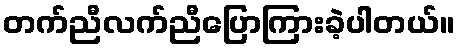
တက်ညီလက်ညီပြောကြားခဲ့ပါတယ်။